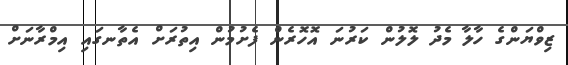
ޒިވްޔަންގެ ހާލާ މެދު ލޮލުން ކަރުނަ އޮހޮރެން ފެށުމުން އިތުރަށް އެތާނގައި އިމްރާނަށް